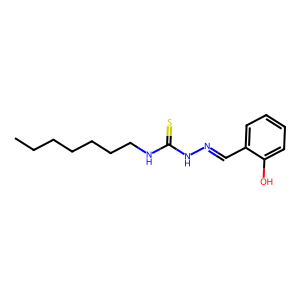
SMILES: CCCCCCCNC(=S)NN=Cc1ccccc1O
Inhibits HIV replication: No